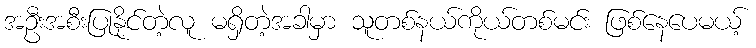
အဦးအစီးပြုနိုင်တဲ့လူ မရှိတဲ့အခါမှာ သူတစ်နယ်ကိုယ်တစ်မင်း ဖြစ်နေပေမယ့်